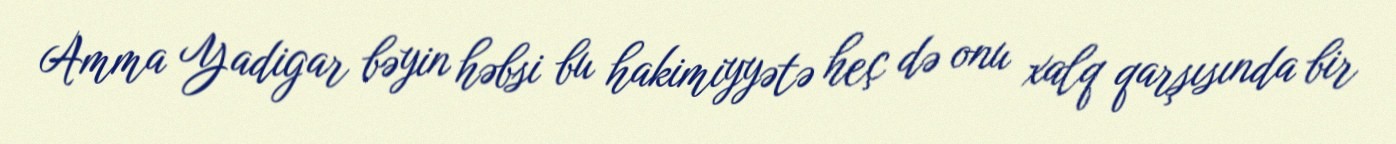
Amma Yadigar bəyin həbsi bu hakimiyyətə heç də onu xalq qarşısında bir